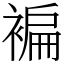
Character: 褊